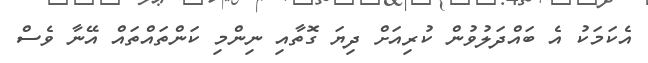
އެކަމަކު އެ ބައްދަލުވުން ކުރިއަށް ދިޔަ ގޮތާއި ނިންމި ކަންތައްތައް އޭނާ ވެސް